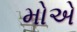
મોએ